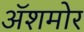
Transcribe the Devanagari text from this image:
अॅशमोर